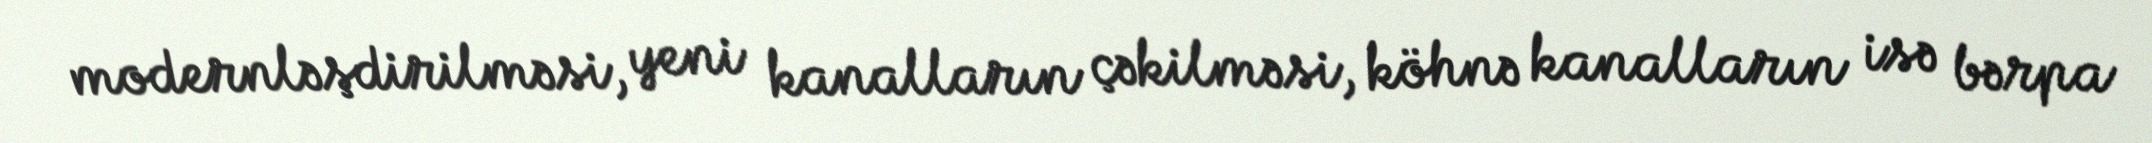
modernləşdirilməsi, yeni kanalların çəkilməsi, köhnə kanalların isə bərpa